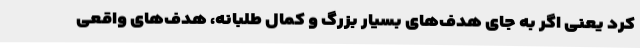
کرد یعنی اگر به جای هدف‌های بسیار بزرگ و کمال طلبانه، هدف‌های واقعی